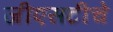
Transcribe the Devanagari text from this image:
जीएसटीचे